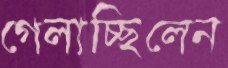
গেলাচ্ছিলেন